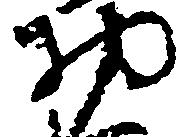
物